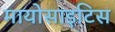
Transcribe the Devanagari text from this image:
मायोसाइटिस